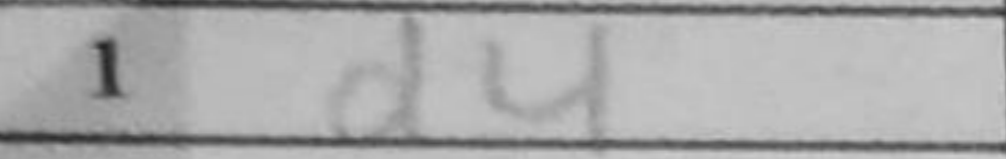
Transcription: d4